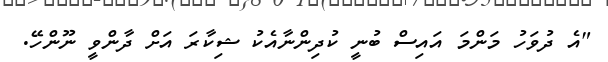
"އެ ދުވަހު މަންމަ އައިސް ބުނީ ކުދިންނާއެކު ޝިކާރަ އަށް ދާންވީ ނޫންހޭ.